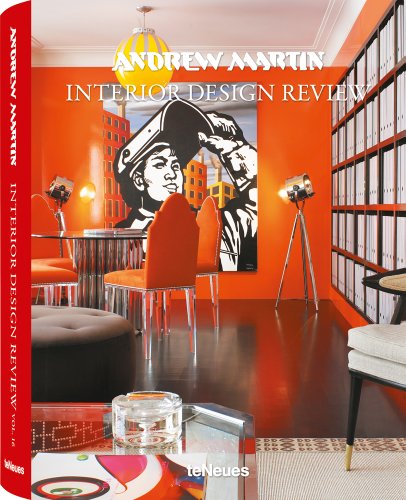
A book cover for Interior Design Review: Volume 16; Andrew Martin; Crafts, Hobbies & Home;